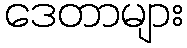
ဒေတာများ